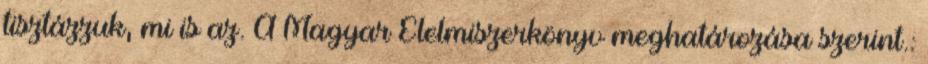
tisztázzuk, mi is az. A Magyar Élelmiszerkönyv meghatározása szerint.: